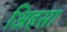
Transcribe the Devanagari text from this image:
अिहसा